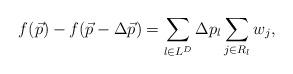
LaTeX: \begin{align*}f(\vec{p}) - f(\vec{p} - \Delta \vec{p}) = \sum_{l \in L^D} \Delta p_l \sum_{j \in R_l} w_j ,\end{align*}